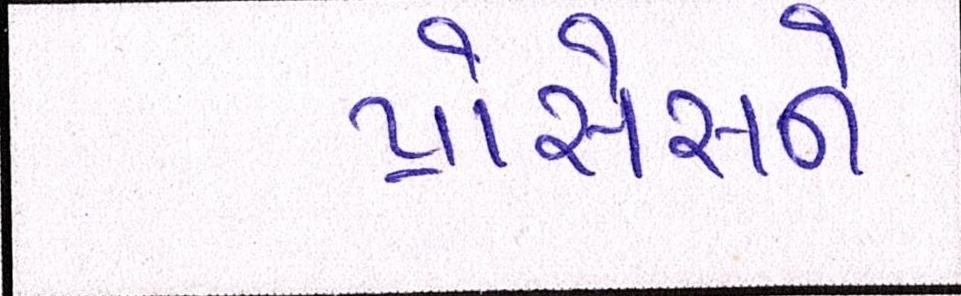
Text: પ્રોસેસને